Indian journal of veterinary science and animal husbandry - Volume 8,
Year: 1938
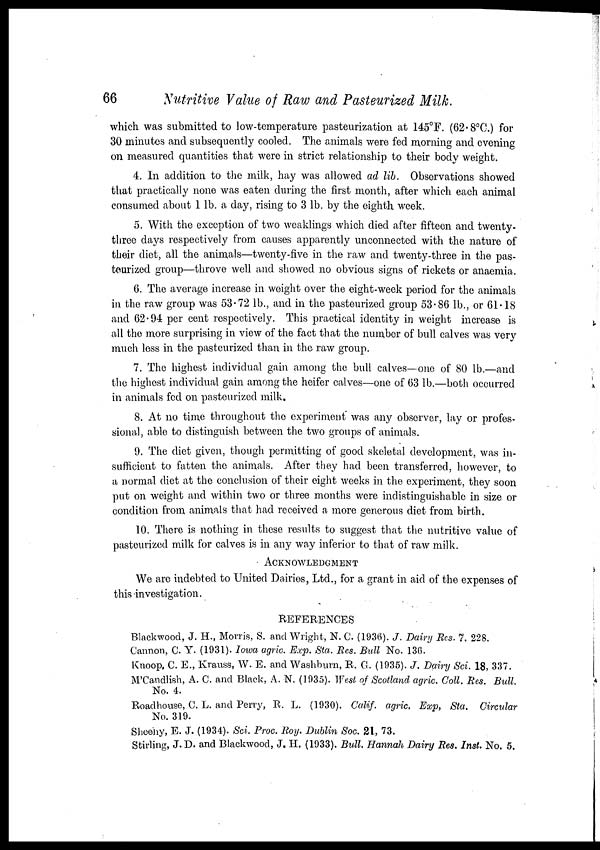
66
Nutritive Value of Raw and Pasteurized Milk.
which was submitted to low-temperature pasteurization at 145°F. (62.8°C.) for
30 minutes and subsequently cooled. The animals were fed morning and evening
on measured quantities that were in strict relationship to their body weight.
4. In addition to the milk, hay was allowed ad lib. Observations showed
that practically none was eaten during the first month, after which each animal
consumed about 1 lb. a day, rising to 3 lb. by the eighth week.
5. With the exception of two weaklings which died after fifteen and twenty-
three days respectively from causes apparently unconnected with the nature of
their diet, all the animals—twenty-five in the raw and twenty-three in the pas-
teurized group—throve well and showed no obvious signs of rickets or anaemia.
6. The average increase in weight over the eight-week period for the animals
in the raw group was 53.72 lb., and in the pasteurized group 53.86 lb., or 61.18
and 62.94 per cent respectively. This practical identity in weight increase is
all the more surprising in view of the fact that the number of bull calves was very
much less in the pasteurized than in the raw group.
7. The highest individual gain among the bull calves—one of 80 lb.—and
the highest individual gain among the heifer calves—one of 63 lb.—both occurred
in animals fed on pasteurized milk.
8. At no time throughout the experiment was any observer, lay or profes-
sional, able to distinguish between the two groups of animals.
9. The diet given, though permitting of good skeletal development, was in-
sufficient to fatten the animals. After they had been transferred, however, to
a normal diet at the conclusion of their eight weeks in the experiment, they soon
put on weight and within two or three months were indistinguishable in size or
condition from animals that had received a more generous diet from birth.
10. There is nothing in these results to suggest that the nutritive value of
pasteurized milk for calves is in any way inferior to that of raw milk.
ACKNOWLEDGMENT
We are indebted to United Dairies, Ltd., for a grant in aid of the expenses of
this investigation.
REFERENCES
Blackwood, J. H., Morris, S. and Wright, N. C. (1936). J. Dairy Res. 7, 228.
Cannon, C. Y. (1931). Iowa agric. Exp. Sta. Res. Bull No. 136.
Knoop, C. E., Krauss, W. E. and Washburn, R. G. (1935). J. Dairy Sci. 18, 337.
M'Candlish, A. C. and Black, A. N. (1935). West of Scotland agric. Coll. Res. Bull.
No. 4.
Roadhouse, C. L. and Perry, R. L. (1930). Calif. agric. Exp, Sta. Circular
No. 319.
Sheehy, E. J. (1934). Sci. Proc. Roy. Dublin Soc. 21, 73.
Stirling, J. D. and Blackwood, J. H. (1933). Bull. Hannah Dairy Res. Inst. No. 5.